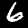
Digit: 6